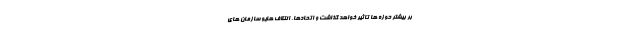
بر بیشتر حوزه ها تاثیر خواهد گذاشت و اتحادها، ائتلاف هایو سازمان های